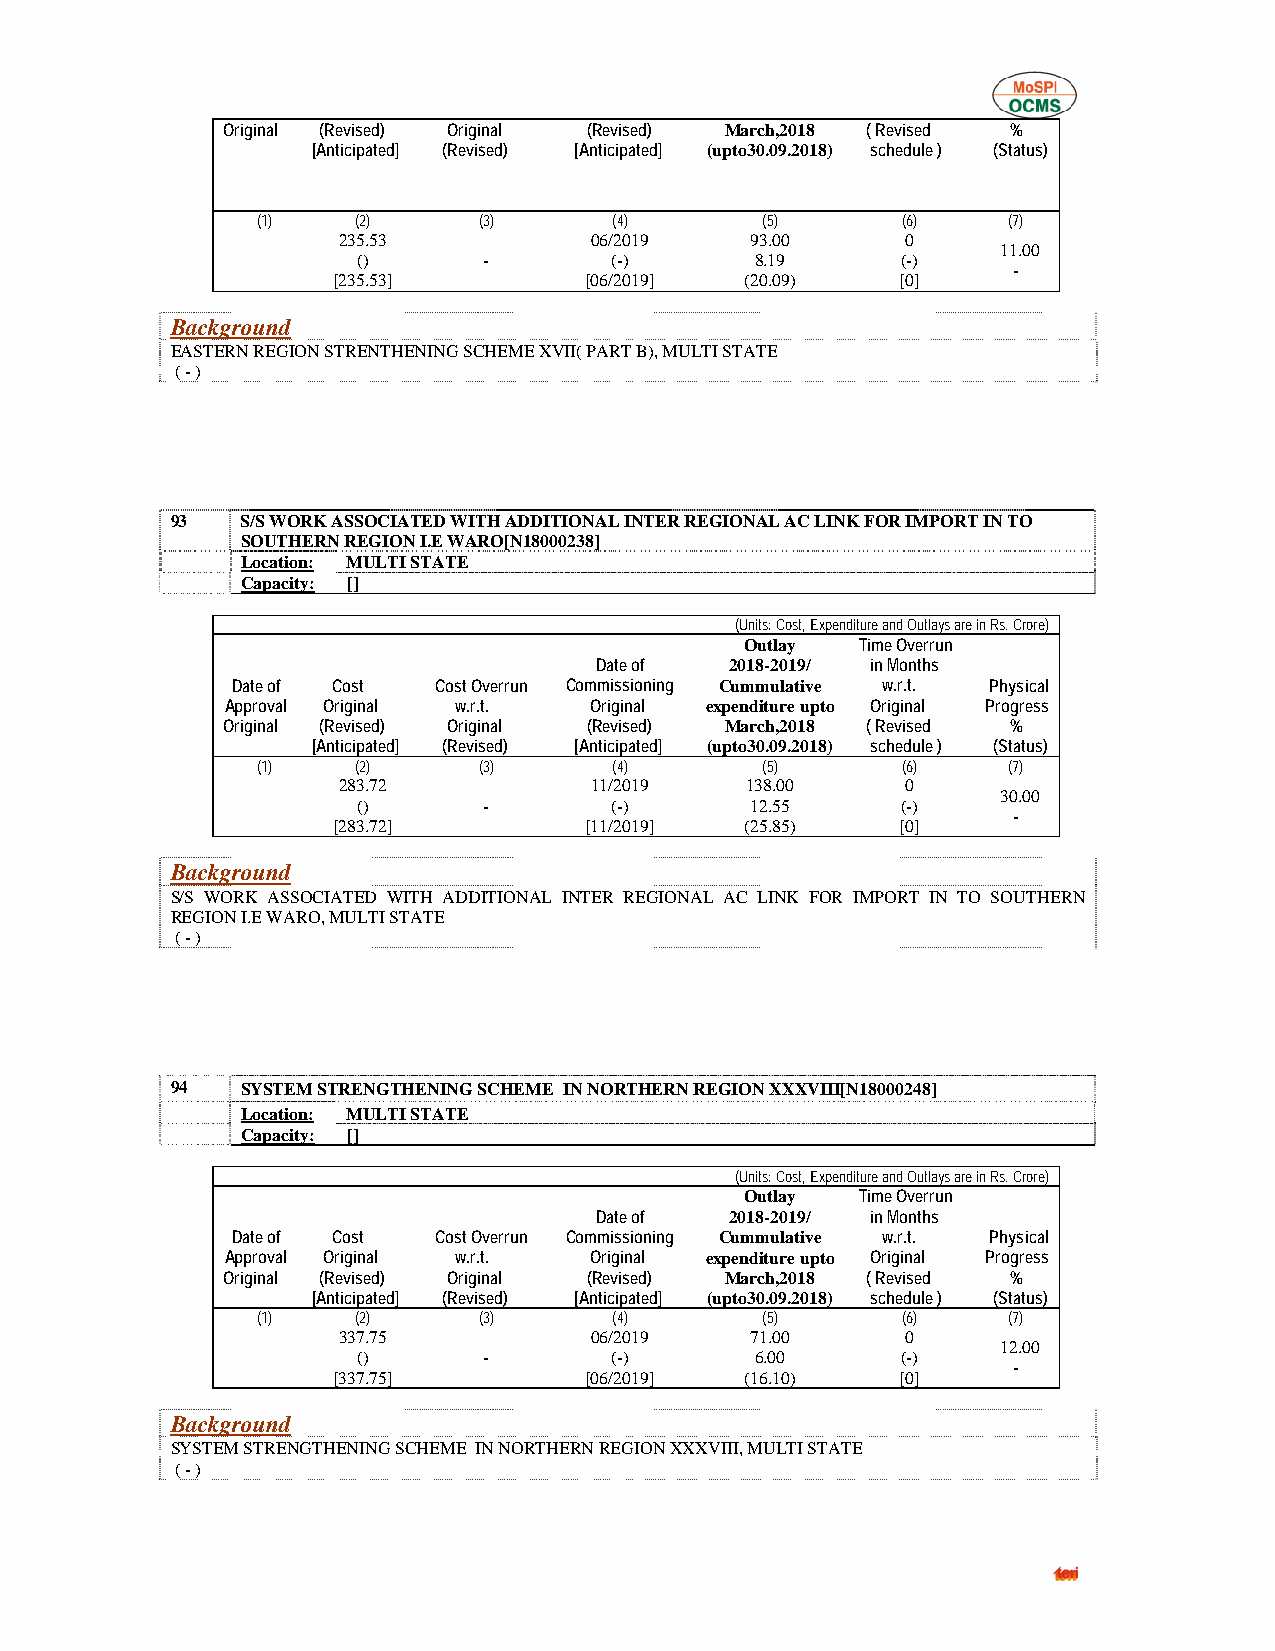
Original (Revised) Original (Revised) March,2018 ( Revised %
 [Anticipated] (Revised) [Anticipated] (upto30.09.2018) schedule ) (Status)
 (1)    (2)     (3)      (4)      (5)       (6)    (7)
 235.53           06/2019    93.00     0
 11.00
 ()      -       (-)       8.19      (-)
 -
 [235.53]         [06/2019] (20.09)    [0]
 Background
 EASTERN REGION STRENTHENING SCHEME XVII( PART B), MULTI STATE
 ( - )
 93   S/S WORK ASSOCIATED WITH ADDITIONAL INTER REGIONAL AC LINK FOR IMPORT IN TO
 SOUTHERN REGION I.E WARO[N18000238]
 Location: MULTI STATE
 Capacity: []
 (Units: Cost, Expenditure and Outlays are in Rs. Crore)
 Outlay  Time Overrun
 Date of  2018-2019/ in Months
 Date of Cost  Cost Overrun Commissioning Cummulative w.r.t. Physical
 Approval Original w.r.t. Original expenditure upto Original Progress
 Original (Revised) Original (Revised) March,2018 ( Revised %
 [Anticipated] (Revised) [Anticipated] (upto30.09.2018) schedule ) (Status)
 (1)    (2)     (3)      (4)      (5)       (6)    (7)
 283.72           11/2019   138.00     0
 30.00
 ()      -       (-)       12.55     (-)
 -
 [283.72]         [11/2019] (25.85)    [0]
 Background
 S/S WORK ASSOCIATED WITH ADDITIONAL INTER REGIONAL AC LINK FOR IMPORT IN TO SOUTHERN
 REGION I.E WARO, MULTI STATE
 ( - )
 94   SYSTEM STRENGTHENING SCHEME IN NORTHERN REGION XXXVIII[N18000248]
 Location: MULTI STATE
 Capacity: []
 (Units: Cost, Expenditure and Outlays are in Rs. Crore)
 Outlay  Time Overrun
 Date of  2018-2019/ in Months
 Date of Cost  Cost Overrun Commissioning Cummulative w.r.t. Physical
 Approval Original w.r.t. Original expenditure upto Original Progress
 Original (Revised) Original (Revised) March,2018 ( Revised %
 [Anticipated] (Revised) [Anticipated] (upto30.09.2018) schedule ) (Status)
 (1)    (2)     (3)      (4)      (5)       (6)    (7)
 337.75           06/2019    71.00     0
 12.00
 ()      -       (-)       6.00      (-)
 -
 [337.75]         [06/2019] (16.10)    [0]
 Background
 SYSTEM STRENGTHENING SCHEME IN NORTHERN REGION XXXVIII, MULTI STATE
 ( - )